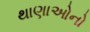
થાણાઓનો